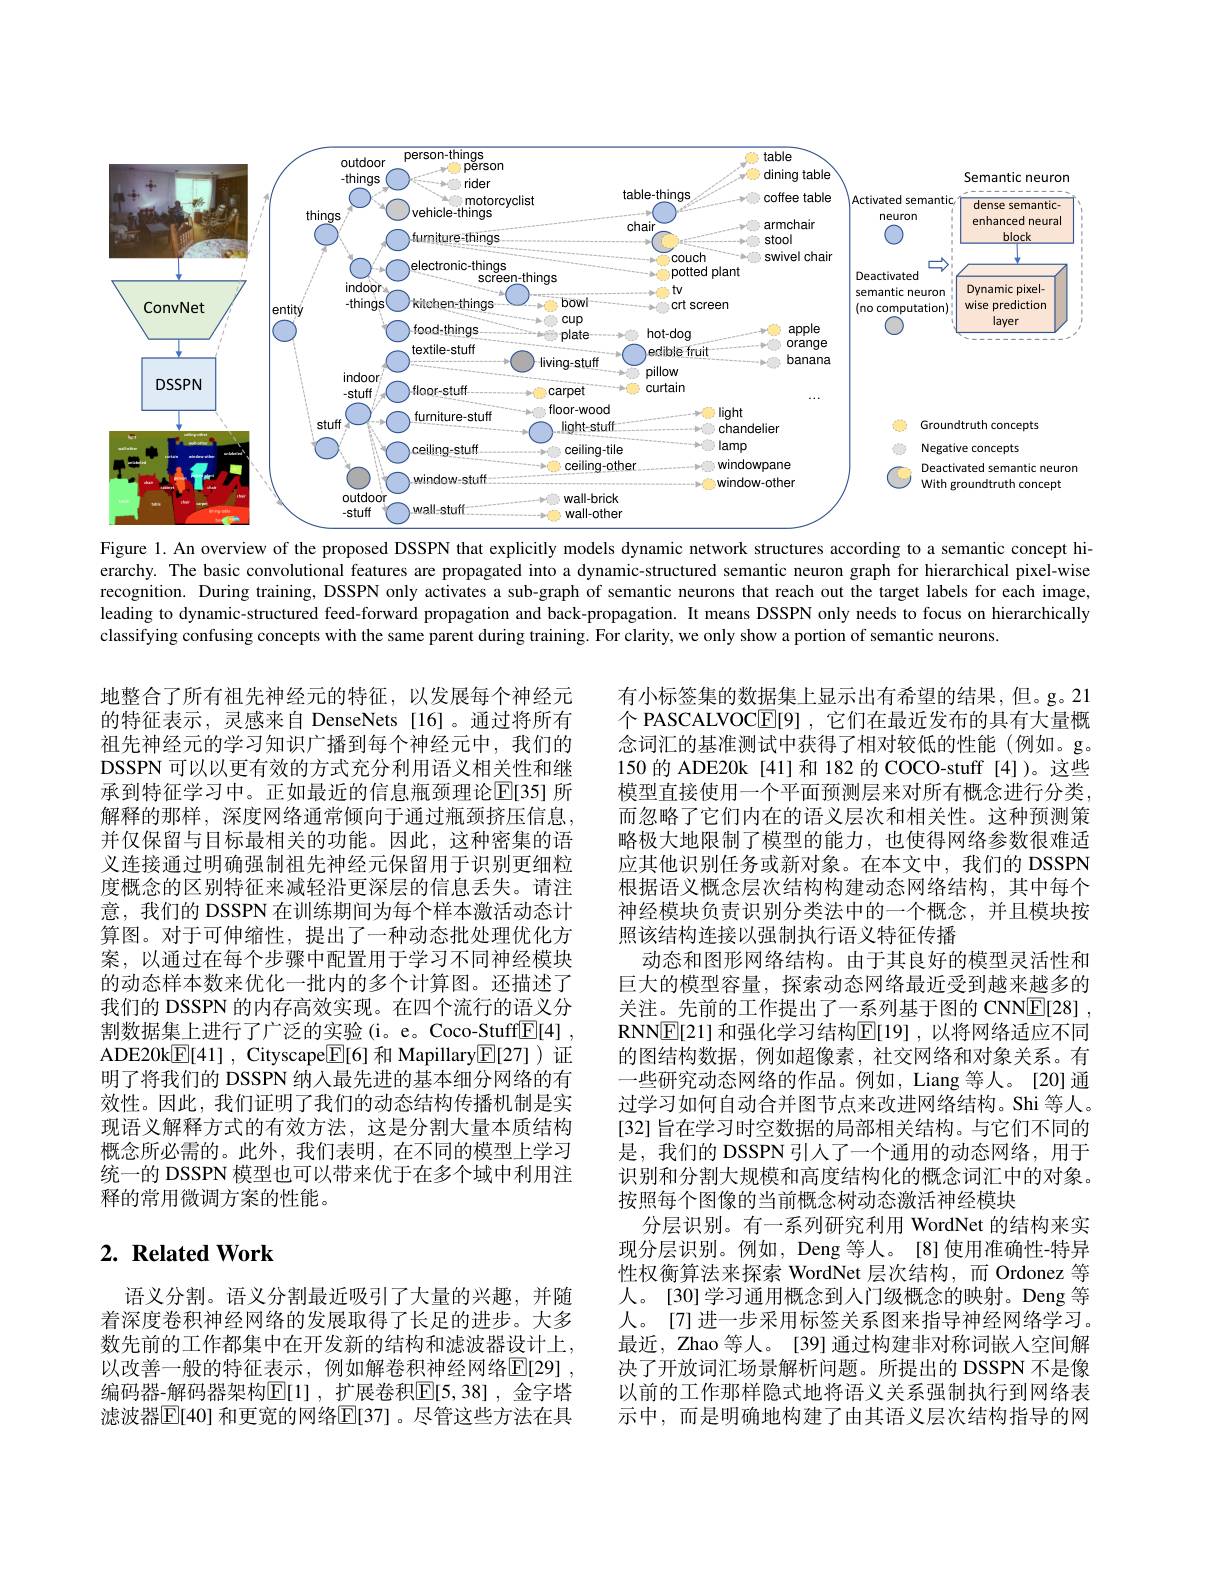
<FigureHere>
Figure 1. An overview of the proposed DSSPN that explicitly models dynamic network structures according to a semantic concept hi-

erarchy. The basic convolutional features are propagated into a dynamic-structured semantic neuron graph for hierarchical pixel-wise recognition. During training, DSSPN only activates a sub-graph of semantic neurons that reach out the target labels for each image leading to dynamic-structured feed-forward propagation and back-propagation. It means DSSPN only needs to focus on hierarchically classifying confusing concepts with the same parent during training. For clarity, we only show a portion of semantic neurons.

地整合了所有祖先神经元的特征，以发展每个神经元的特征表示，灵感来自 DenseNets[16]。通过将所有祖先神经元的学习知识广播到每个神经元中，我们的DSSPN 可以以更有效的方式充分利用语义相关性和继承到特征学习中。正如最近的信息瓶颈理论$\boxed{\mathrm{E}}[35]$ 所解释的那样，深度网络通常倾向于通过瓶颈挤压信息， 并仅保留与目标最相关的功能。因此，这种密集的语义连接通过明确强制祖先神经元保留用于识别更细粒度概念的区别特征来减轻沿更深层的信息丢失。请注意，我们的 DSSPN 在训练期间为每个样本激活动态计算图。对于可伸缩性，提出了一种动态批处理优化方案，以通过在每个步骤中配置用于学习不同神经模块的动态样本数来优化一批内的多个计算图。还描述了我们的 DSSPN 的内存高效实现。在四个流行的语义分割数据集上进行了广泛的实验(i。e。Coco-Stuff[E] , ADE20k$\underline {\mathrm{E} }[ 41]$ , Cityscape$\underline{\mathrm{E}}[6]$和 Mapillary$\underline{\mathrm{E}}[27]$)证明了将我们的 DSSPN 纳人最先进的基本细分网络的有效性。因此，我们证明了我们的动态结构传播机制是实现语义解释方式的有效方法，这是分割大量本质结构概念所必需的。此外，我们表明，在不同的模型上学习统一的 DSSPN 模型也可以带来优于在多个域中利用注释的常用微调方案的性能。

有小标签集的数据集上显示出有希望的结果，但。g。21个 PASCALVOC$\mathbb{E}[9]$,它们在最近发布的具有大量概念词汇的基准测试中获得了相对较低的性能(例如。g。150 的 ADE20k [41] 和 182 的 COCO-stuff [4])。这些模型直接使用一个平面预测层来对所有概念进行分类而忽略了它们内在的语义层次和相关性。这种预测策略极大地限制了模型的能力，也使得网络参数很难适应其他识别任务或新对象。在本文中，我们的 DSSPN 根据语义概念层次结构构建动态网络结构，其中每个神经模块负责识别分类法中的一个概念，并且模块按照该结构连接以强制执行语义特征传播
动态和图形网络结构。由于其良好的模型灵活性和巨大的模型容量，探索动态网络最近受到越来越多的关注。先前的工作提出了一系列基于图的 CNNE[28] , RNN$\overline{\mathbb{E}}$[21] 和强化学习结构$\overline{\mathbb{E}}[19]$ ,以将网络适应不同的图结构数据，例如超像素，社交网络和对象关系。有一些研究动态网络的作品。例如，Liang 等人。[20] 通过学习如何自动合并图节点来改进网络结构。Shi 等人。[32] 旨在学习时空数据的局部相关结构。与它们不同的是，我们的 DSSPN 引人了一个通用的动态网络，用于识别和分割大规模和高度结构化的概念词汇中的对象。按照每个图像的当前概念树动态激活神经模块
分层识别。有一系列研究利用 WordNet 的结构来实现分层识别。例如，Deng 等人。[8]使用准确性-特异性权衡算法来探索 WordNet 层次结构，而 Ordonez 等人。[30]学习通用概念到人门级概念的映射。Deng 等人。[7]进一步采用标签关系图来指导神经网络学习。最近，Zhao 等人。[39] 通过构建非对称词嵌入空间解决了开放词汇场景解析问题。所提出的 DSSPN 不是像以前的工作那样隐式地将语义关系强制执行到网络表示中，而是明确地构建了由其语义层次结构指导的网

# $2. \textbf{ Related Work}$

语义分割。语义分割最近吸引了大量的兴趣，并随着深度卷积神经网络的发展取得了长足的进步。大多数先前的工作都集中在开发新的结构和滤波器设计上， 以改善一般的特征表示，例如解卷积神经网络$\mathbb{E}[29]$ 编码器-解码器架构$\operatorname{E}[1]$,扩展卷积$\operatorname{E}[5,38]$,金字塔滤波器$\overline{\mathbb{E}}[40]$ 和更宽的网络$\mathbb{E}[37]$。尽管这些方法在具